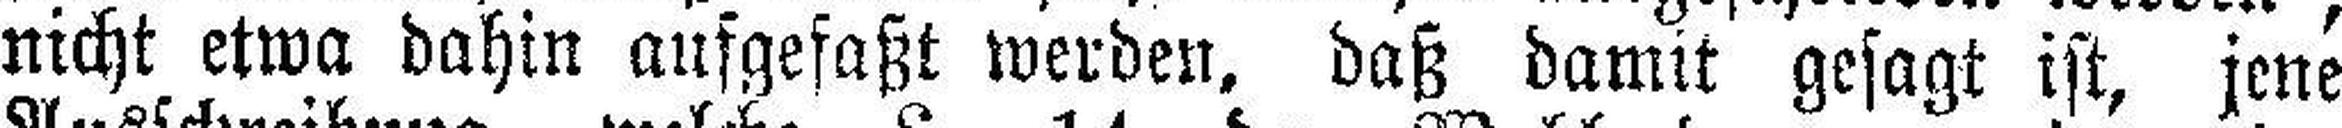
nicht etwa dahin aufgefaßt werden, daß damit gesagt ist, jene